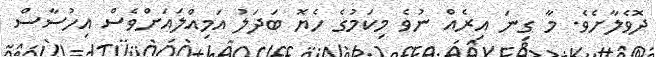
ދޮވެލާށެވެ. މާ ގިނަ އިރެއް ނުވެ މިކަމުގެ ހެޔޮ ބަދަލު އަމިއްލައަށްވެސް އިހުސާސް